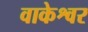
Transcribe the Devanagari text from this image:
वाकेश्वर